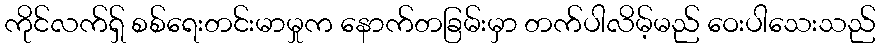
ကိုင်လက်ရှ် စစ်ရေးတင်းမာမှုက နောက်တခြမ်းမှာ တက်ပါလိမ့်မည် ဝေးပါသေးသည်